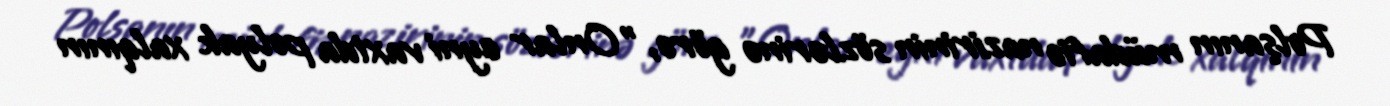
Polşanın müdafiə nazirinin sözlərinə görə, "Onlar eyni vaxtda polyak xalqının